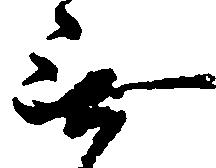
無